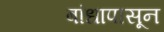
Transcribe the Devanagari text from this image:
बांधापासून